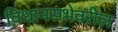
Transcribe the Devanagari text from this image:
विधानसभेवरील